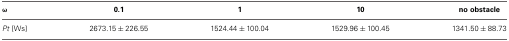
| ω | 0.1 | 1 | 10 | no obstacle |
 | --- | --- | --- | --- | --- |
 | Pt [Ws] | 2673.15 ± 226.55 | 1524.44 ± 100.04 | 1529.96 ± 100.45 | 1341.50 ± 88.73 |